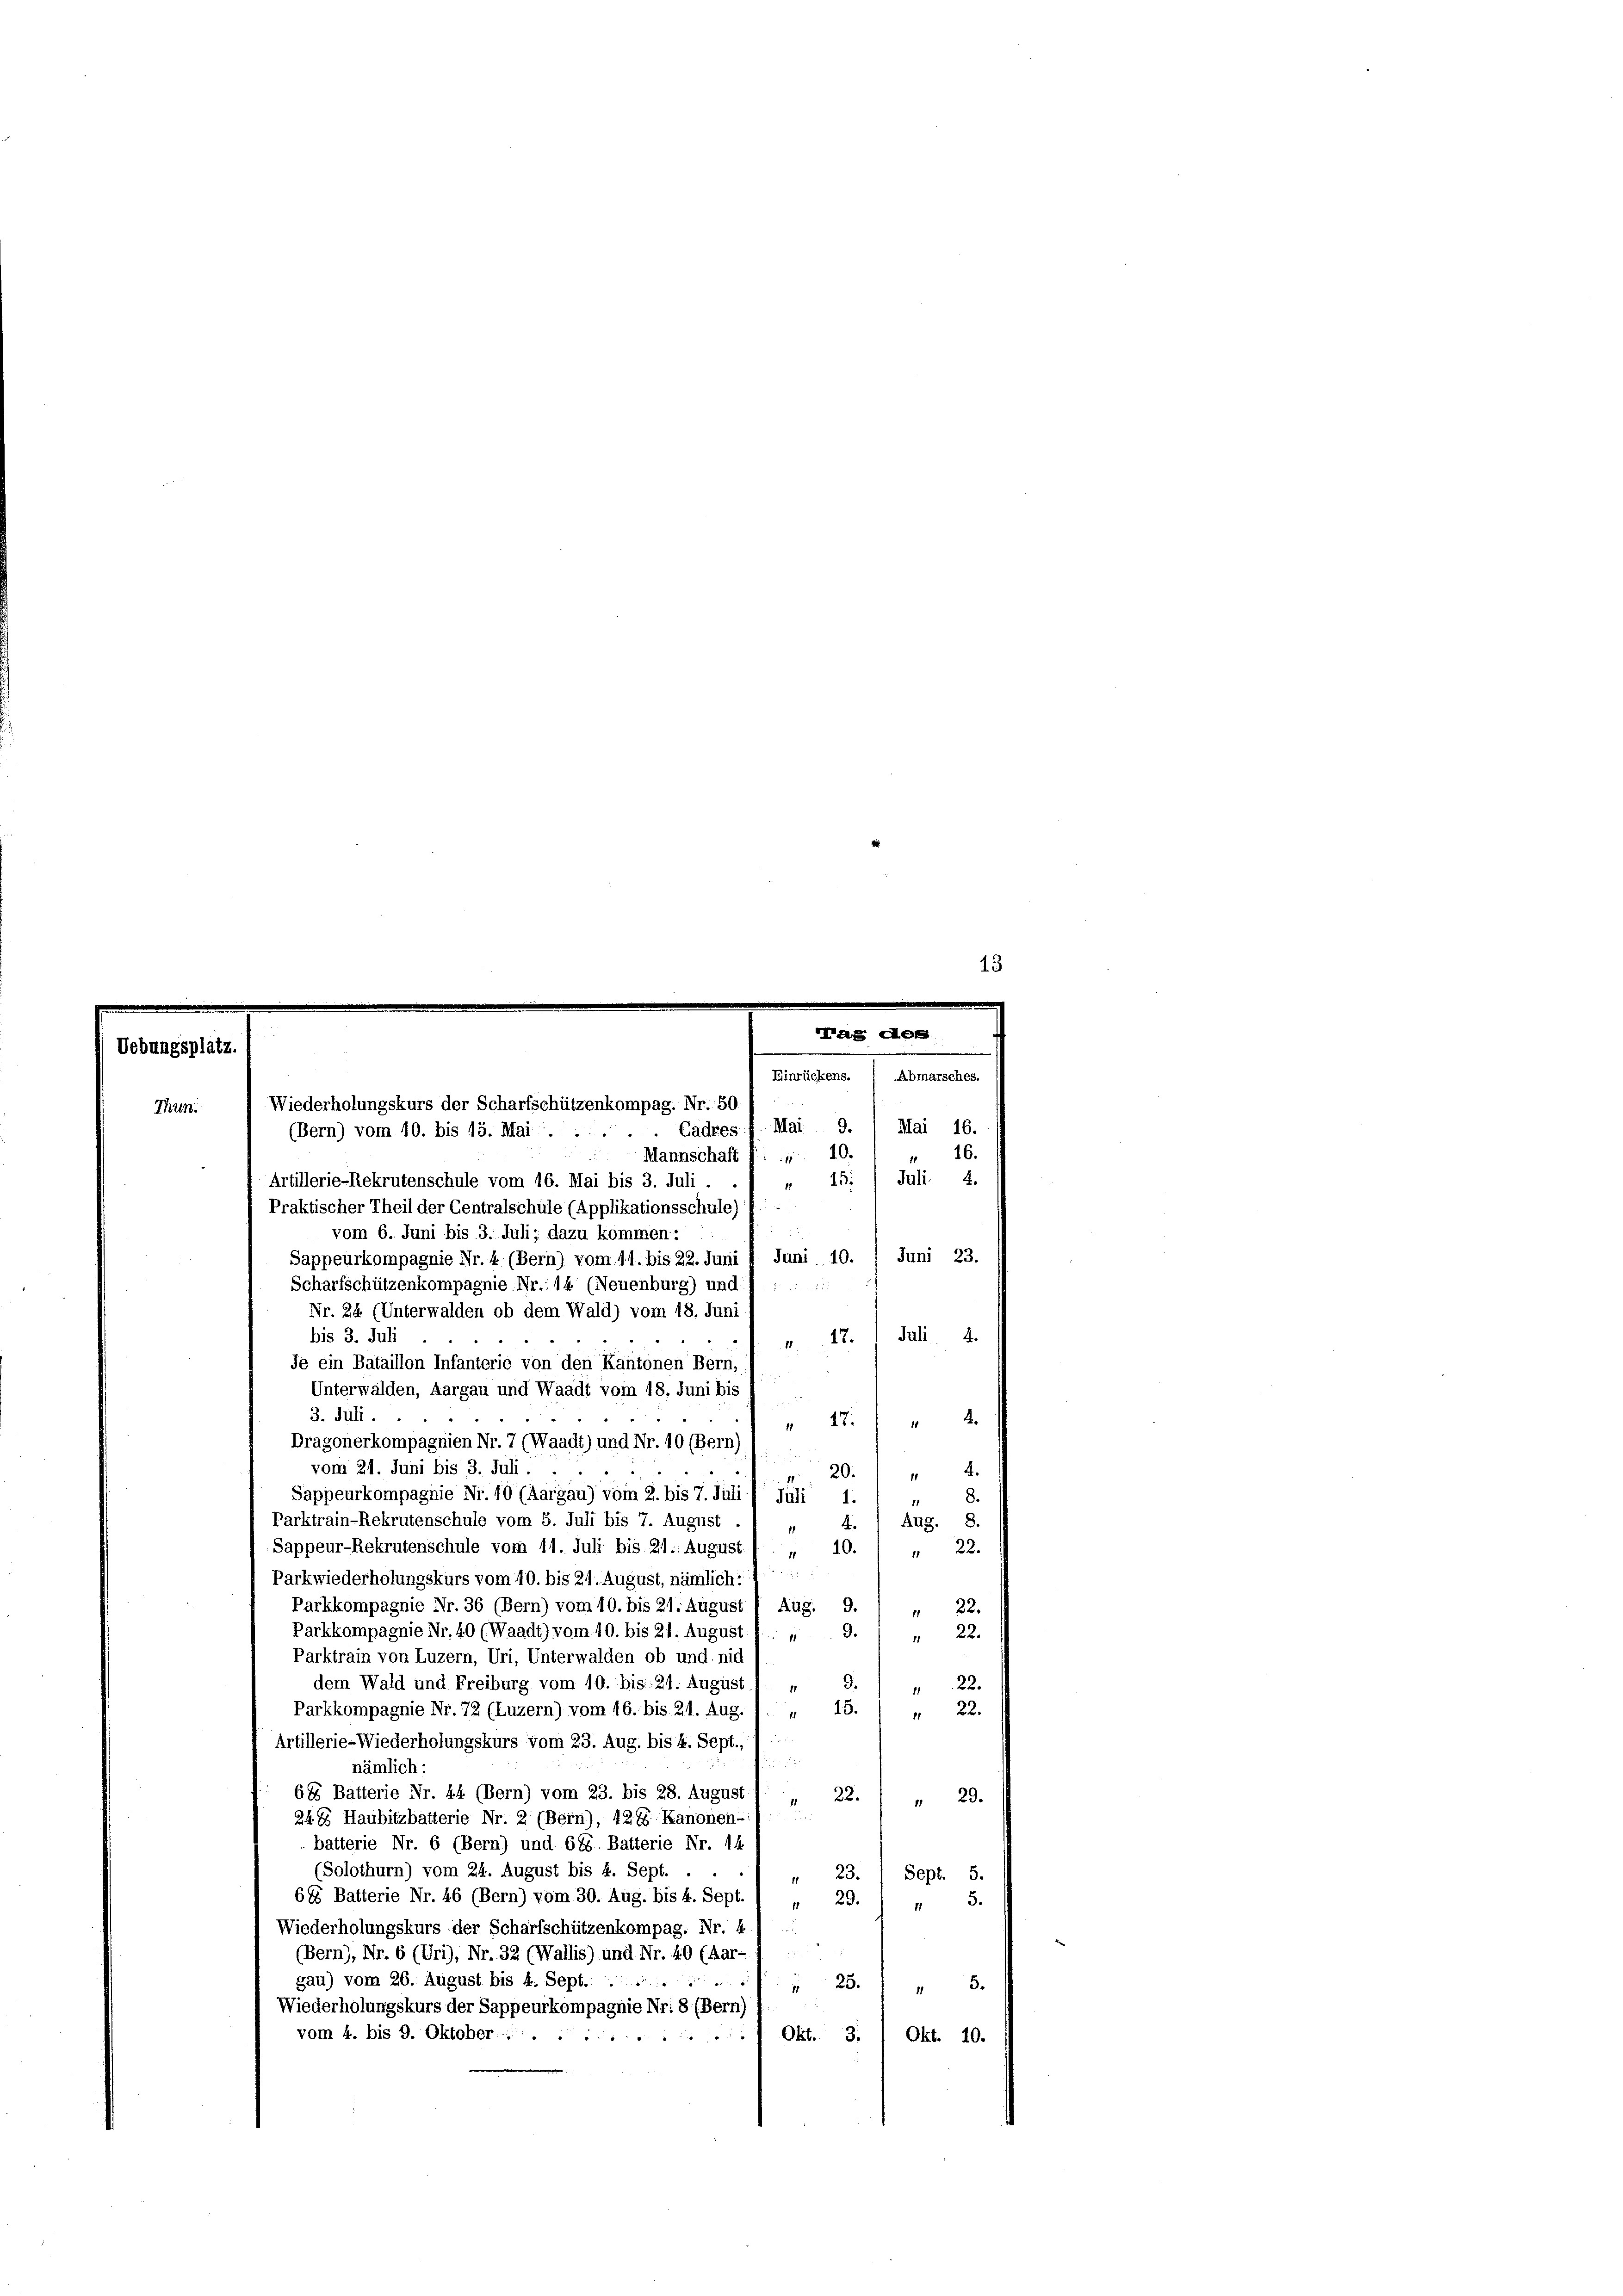
Bier
Mai 16.
16.
Mannschaft v. : „ 10.
11
Juli. 4.
15:
Artillerie-Rekrutenschule vom 16. Mai bis 3. Juli.
11
Praktischer Theil der Centralschule (Applikationsschule
vom 6. Juni bis 3. Juli; dazu kommen:
Juni 23.
Juni 10.
Sappeurkompagnie Nr. 4. (Bern) vom 11. bis 22. Juni
Scharfschützenkompagnie Nr. 14 (Neuenburg) und 1 : ....
Nr. 24 (Unterwalden ob dem Wald) vom 18. Juni
Juli 4.
bis 3. Juli
1
je ein Bataillon Infanterie von den Kantonen Bern,
Unterwalden, Aargau und Waadt vom 18. Juni bis
3. Juli.
u 27. " " 4.
Dragonerkompagnien Nr. 7 (Waadt) und Nr. 10 (Bern)

4.
vom 21. Juni bis 3. Juli . .
 20.
8.
Sappeurkompagnie Nr. 10 (Aargau) vom 2. bis 7. Juli / Juli 1:
Parktrain-Rekrutenschule vom 5. Juli bis 7. August . / 4
Aug. 8.
4.
Sappeur-Rekrutenschule vom 11. Juli bis 21. August ( . „ 10.) " 22.
d
Parkwiederholungskurs vom 10. bis 21. August, nämlich:
Parkkompagnie Nr. 36 (Bern) vom 10. bis 21. August 1 Aug. 9. / „ 32.
Parkkompagnie Nr. 40 (Waadt) vom 10. bis 21. August 1 , 9.
22.
11
Parktrain von Luzern, Uri, Unterwalden ob und nic
22.
dem Wald und Freiburg vom 10. bis: 21. August 1. 4
9.
.
Parkkompagnie Nr. 72 (Luzern) vom 16. bis 21. Aug. 1. „ 15.
22

Artillerie-Wiederholungskurs vom 23. Aug. bis 4. Sept.,

nämlich:
685 Batterie Nr. 44 (Bern) vom 23. bis 28. August
22.
 29.

244 Haubitzbatterie Nr. 2 (Bern), 124. Kanonen-
batterie Nr. 6 (Bern) und 688. Batterie Nr. 14
(Solothurn) vom 24. August bis 4. Sept.
 23. / Sept. 5.
64 Batterie Nr. 46 (Bern) vom 30. Aug. bis 4. Sept.
 29.
13.
Wiederholungskurs der Scharfschützenkompag. Nr. 4
(Bern), Nr. 6 (Uri), Nr. 32 (Wallis) und Nr. 40 (Aar- 1
gau) vom 26. August bis 4. Sept. .. ..
23.
3.
Wiederholungskurs der Sappeurkompagnie Nr. 8 (Bern)
vom 4. bis 9. Oktober.........
Okt. 3.
Okt. 10.

Wiederholungskurs der Scharfschützenkompag. Nr. 50
Mai 9.
(Bern) vom 10. bis 15. Mai ...... Cädres

Mag de
Einrückens. / Abmarsches.

.